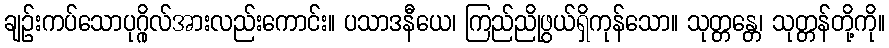
ချဉ်းကပ်သောပုဂ္ဂိုလ်အားလည်းကောင်း။ ပသာဒနီယေ၊ ကြည်ညိုဖွယ်ရှိကုန်သော။ သုတ္တန္တေ၊ သုတ္တန်တို့ကို။